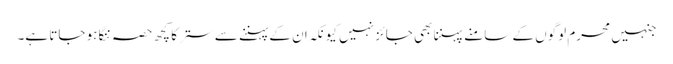
جنہیں محرم لوگوں کے سامنے پہننا بھی جائز نہیں کیونکہ ان کے پہننے سے ستر کا کچھ حصہ ننگا ہو جاتا ہے۔